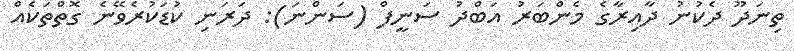
ތިނަދޫ ދެކުނު ދާއިރާގެ މެންބަރު އަބްދު ސަނީފް (ސަންނަ): ދަރަނި ކުޑަކުރެވޭނެ ގޮތްތަކެއް